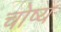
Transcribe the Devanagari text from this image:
चोष्य